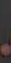
.